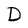
Character: D